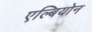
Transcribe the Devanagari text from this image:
एल्बियोन